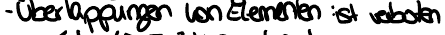
- Überlappungen von Elementen ist verboten